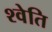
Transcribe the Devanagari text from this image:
श्वेति